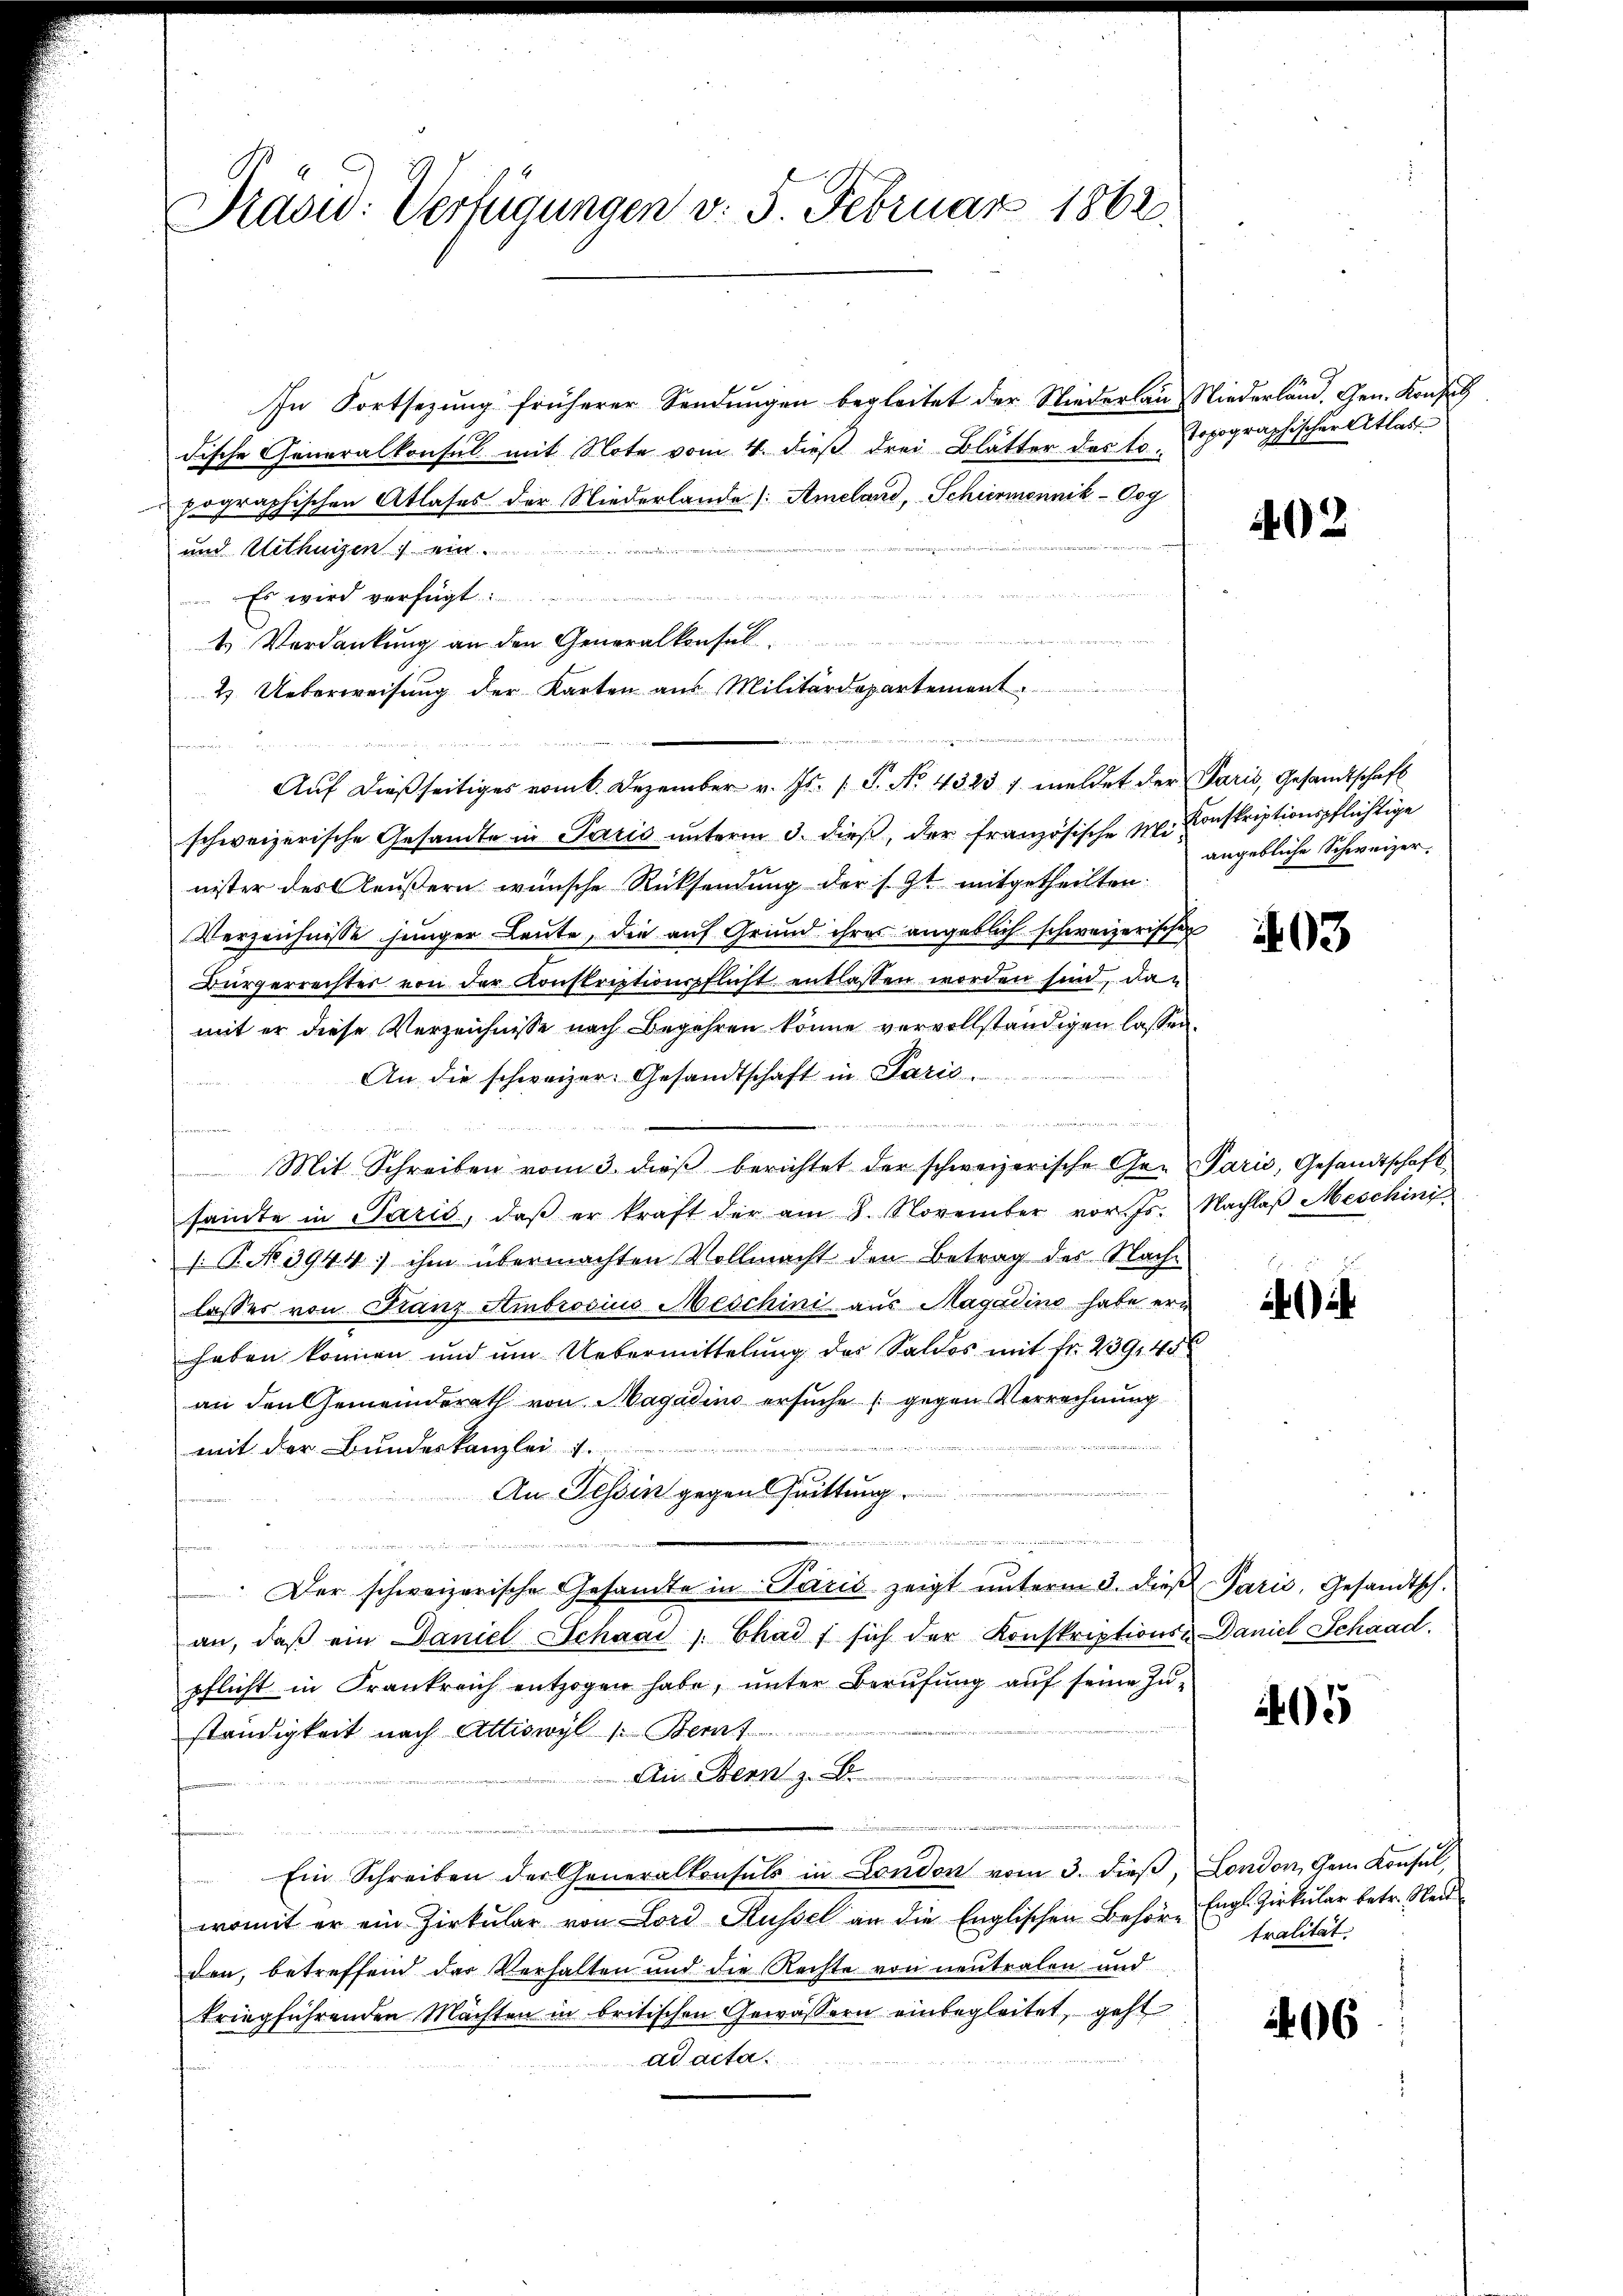
Prasid: Verfügungen v. 5. Februar 1862.

In Fortsezung früherer Sendungen begleitet der Niederlau, Niederländ. Gen. Konses
dische Generalkonsul mit Note vom 4. dieß drei Blätter des lo Topographischer Atlaspographischen Atlases der Niederlande (Ameland, Schiermannik-Oog
und Mithaizen
u
Es wird verfügt ........
4 Verdankung an den Generalkonsul
4. Ueberweisung der Karten aus Militärdepartement
Aŭf dießseitiges vom 6. Dezember v. Js. (T. No. 4323 / meldet der Paris, Gesandtschaft
schweizerische Gesandte in Paris unterm 3. dieß, der französische M. Konskriptionspflichtige
nister des Aeußern wünsche Rücksendung der s. Zt. mitgetheilten:
Verzeichnisse jeniger Leute, die auf Grund ihres angeblich schweizerischen
Bürgerrechter von der Konstreptionspflicht entlassen worden sind, dan
mit er diese Verzeichnisse nach Begehren könne vervollständigen lassen.
An die schweizer. Gesandtschaft in Paris.
12
n

Mit Schreiben vom 3. dieβ berichtet der schweizerische Ger Paris, Gesandtschaft
samte in Parić, daβ er kraft der am 8. November vor. Js. Nachlaβ Meschini
s: P. Nr. 3944. ihm übermachten Vollmacht den Betrag des Nachlasser von Franz Ambrosius Meschini aus Magadino habe ern
haben können und um Uebermittelung des Saldos mit Fr. 239, 40
an den Gemeinderath von Magadins ersuche (gegen Verrechnung
kruten
mit der Bundeskanzlei 7.
An Tessin gegen Quittung

Der schweizerische Gesamte in Paris zeigt ŭnterm 3. dieβ Paris, Gesandtsch.
an, daß ein Daniel Schaai Chad f sich der Konskriptions- Daniel Schaad.
pflicht in Frankreich entzogen habe, unter Berufung auf seine Zu-
ständigkeit nach Attiswyl /: Beruf
Au Bern z. B.
Ein Schreiben der Generalkonsuls in London vom 3. dieβ, London, Gem. Konsul,
womit er ein Zirkular von Lord Küssel an die Englischen Behöre
den, betreffend das Verhalten und die Rechte von neutralen und
kriegführenden Machten in britischen Gewässern einbegleitet, geht
ad acta

da es sei denn die

02

angebliche Schweizer.

03

405

Engl. Zirkular betr. Weit
tralität.

66